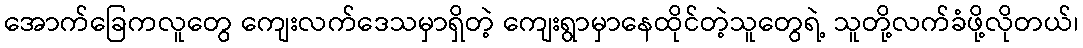
အောက်ခြေကလူတွေ ကျေးလက်ဒေသမှာရှိတဲ့ ကျေးရွာမှာနေထိုင်တဲ့သူတွေရဲ့ သူတို့လက်ခံဖို့လိုတယ်၊